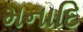
મનાદિ